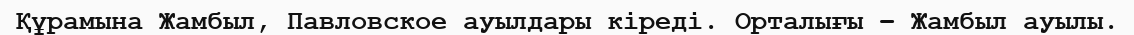
Құрамына Жамбыл, Павловское ауылдары кіреді. Орталығы – Жамбыл ауылы.